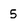
Character: 5